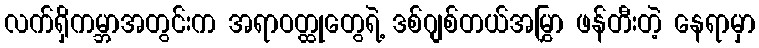
လက်ရှိကမ္ဘာအတွင်းက အရာဝတ္ထုတွေရဲ့ ဒစ်ဂျစ်တယ်အမြွှာ ဖန်တီးတဲ့ နေရာမှာ